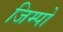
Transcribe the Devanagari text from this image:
जिम्पो